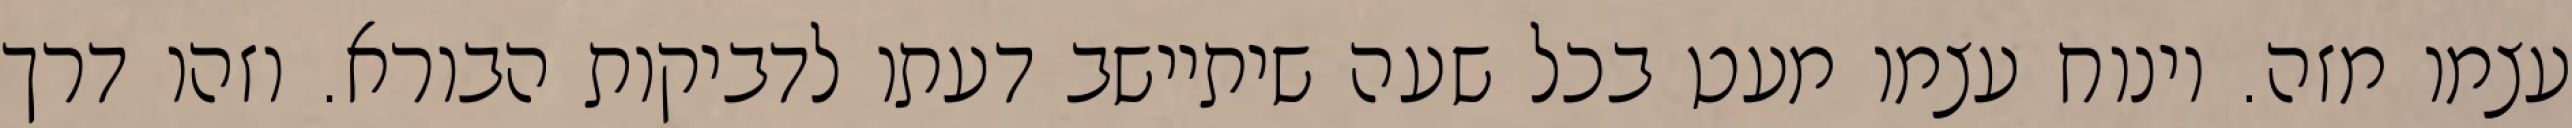
עצמו מזה. וינוח עצמו מעט בכל שעה שיתיישב דעתו לדביקות הבורא. וזהו דרך